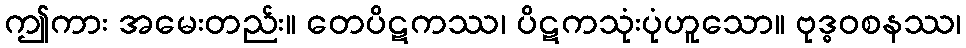
ဤကား အမေးတည်း။ တေပိဋကဿ၊ ပိဋကသုံးပုံဟူသော။ ဗုဒ္ဓဝစနဿ၊